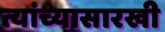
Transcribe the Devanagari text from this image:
त्यांच्यासारखी